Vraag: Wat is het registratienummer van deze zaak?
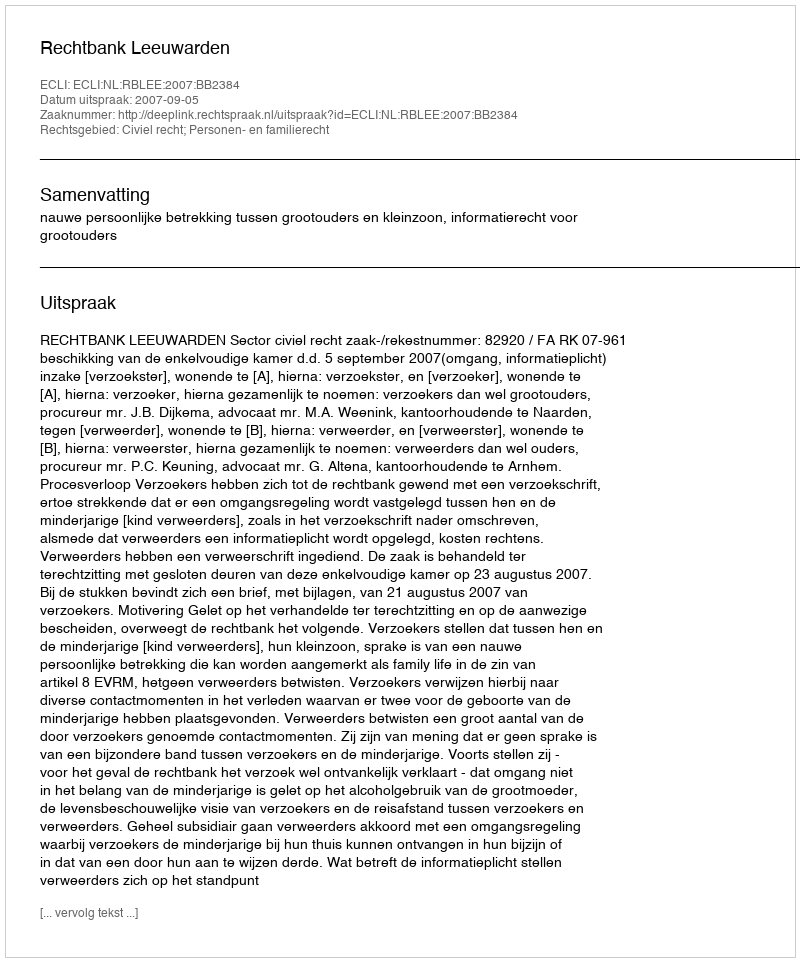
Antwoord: http://deeplink.rechtspraak.nl/uitspraak?id=ECLI:NL:RBLEE:2007:BB2384